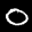
Label: 0